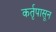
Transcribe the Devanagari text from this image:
कर्तृपासून